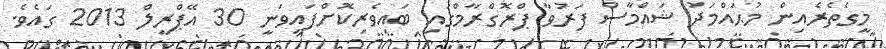
މީގެތެރެއިން މުޙައްމަދު ޝައްމާސް ފަރުވާ ޕްރޮގްރާމްގައި ބައިވެރިކޮށްފައިވަނީ 30 އޭޕްރީލް 2013 ގައެވެ.